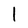
Character: 1